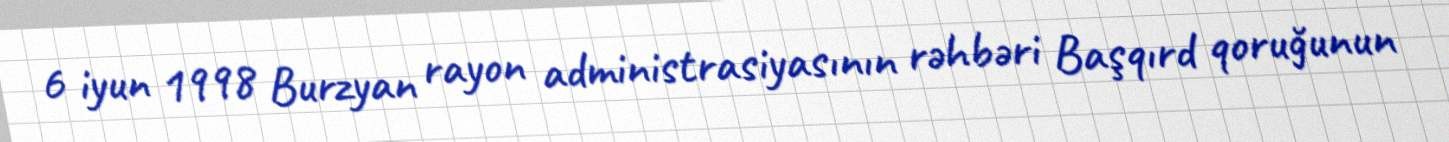
6 iyun 1998 Burzyan rayon administrasiyasının rəhbəri Başqırd qoruğunun